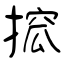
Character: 搲